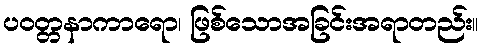
ပဝတ္တနာကာရော၊ ဖြစ်သောအခြင်းအရာတည်း။